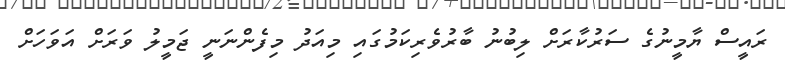
ރައީސް ޔާމީނުގެ ސަރުކާރަށް ލިބުނު ބާރުވެރިކަމުގައި މިއަދު މިފެންނަނީ ޖަމީލު ވަރަށް އަވަހަށް